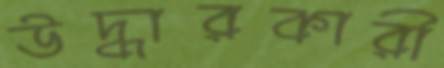
উদ্ধারকারী